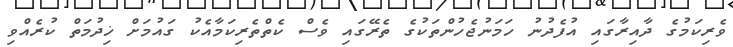
ވެރިކަމުގެ ދާއިރާގައި އުފެދުނު ހަމަނުޖެހުންތަކުގެ ތެރޭގައި ވެސް ކެތްތެރިކަމާއެކު ގައުމަށް ޚިދުމަތް ކުރެއްވި